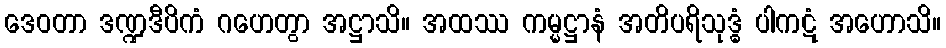
ဒေဝတာ ဒဏ္ဍဒီပိကံ ဂဟေတွာ အဋ္ဌာသိ။ အထဿ ကမ္မဋ္ဌာနံ အတိပရိသုဒ္ဓံ ပါကဋံ အဟောသိ။